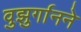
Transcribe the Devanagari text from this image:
वुझुर्गानने